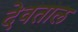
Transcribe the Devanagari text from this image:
देवताल